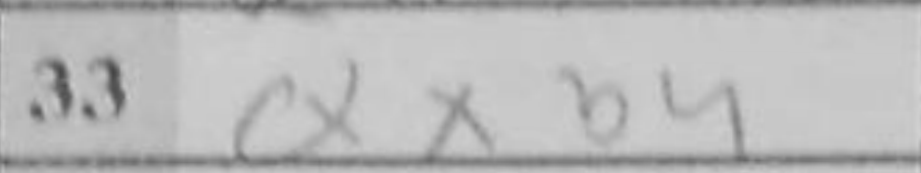
Transcription: Qxb4